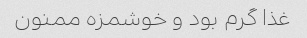
غذا گرم بود و خوشمزه ممنون